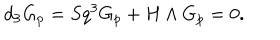
d _ { 3 } G _ { p } = S q ^ { 3 } G _ { p } + H \wedge G _ { p } = 0 .